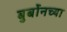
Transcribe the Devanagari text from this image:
बुर्बोनच्या